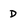
Character: D